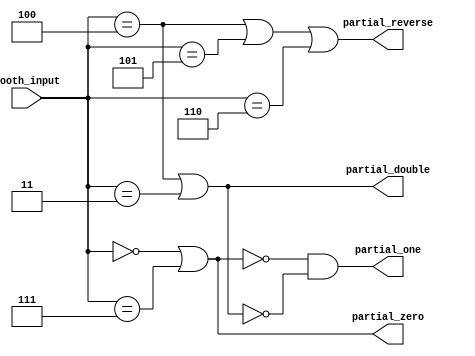
module booth_enc (
    input   [2:0]   booth_input,
    output          partial_reverse, // 1 for negative, 0 for positive
    output          partial_zero,
    output          partial_one,
    output          partial_double
);

    assign partial_reverse = (booth_input == 3'b100) || (booth_input == 3'b101) || (booth_input == 3'b110);
    assign partial_zero = (booth_input == 3'b000) || (booth_input == 3'b111);
    assign partial_double = (booth_input == 3'b100) || (booth_input == 3'b011);
    assign partial_one = !partial_zero && !partial_double;

endmodule //booth_enc